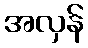
အလှန်